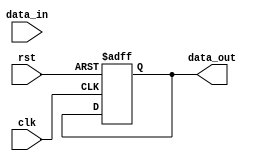
module sequential_logic_block(
  input wire clk,       // Clock input
  input wire rst,       // Reset input
  input wire data_in,   // Input data
  output reg data_out   // Output data
);

  reg state;

  always @(posedge clk or posedge rst) begin
    if (rst) begin
      state <= 0;       // Reset state
      data_out <= 0;    // Reset output data
    end else begin
      case (state)
        0: begin
          // State 0 logic
          // Example: data_out <= data_in + 1;
          state <= 1;     // Transition to next state
        end
        1: begin
          // State 1 logic
          // Example: data_out <= data_in * 2;
          state <= 0;     // Transition back to state 0
        end
        // Add more states as needed
      endcase
    end
  end

endmodule